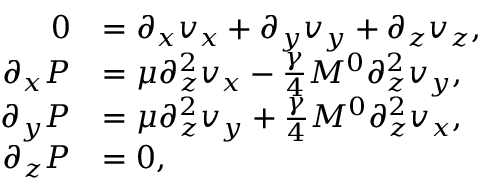
\begin{array} { r l } { 0 } & { = \partial _ { x } v _ { x } + \partial _ { y } v _ { y } + \partial _ { z } v _ { z } , } \\ { \partial _ { x } P } & { = \mu \partial _ { z } ^ { 2 } v _ { x } - \frac { \gamma } { 4 } M ^ { 0 } \partial _ { z } ^ { 2 } v _ { y } , } \\ { \partial _ { y } P } & { = \mu \partial _ { z } ^ { 2 } v _ { y } + \frac { \gamma } { 4 } M ^ { 0 } \partial _ { z } ^ { 2 } v _ { x } , } \\ { \partial _ { z } P } & { = 0 , } \end{array}